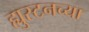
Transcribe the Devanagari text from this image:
ह्युस्टनच्या